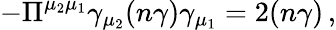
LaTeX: -\Pi^{\mu_{2}\mu_{1}}\gamma_{\mu_{2}}(n\gamma)\gamma_{\mu_{1}}=2(n\gamma)\, ,